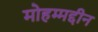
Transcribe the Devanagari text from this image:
मोहम्मद्दीन